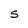
Character: S